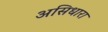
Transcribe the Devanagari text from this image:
असिधारा